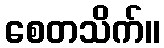
စေတသိက်။